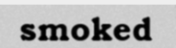
smoked